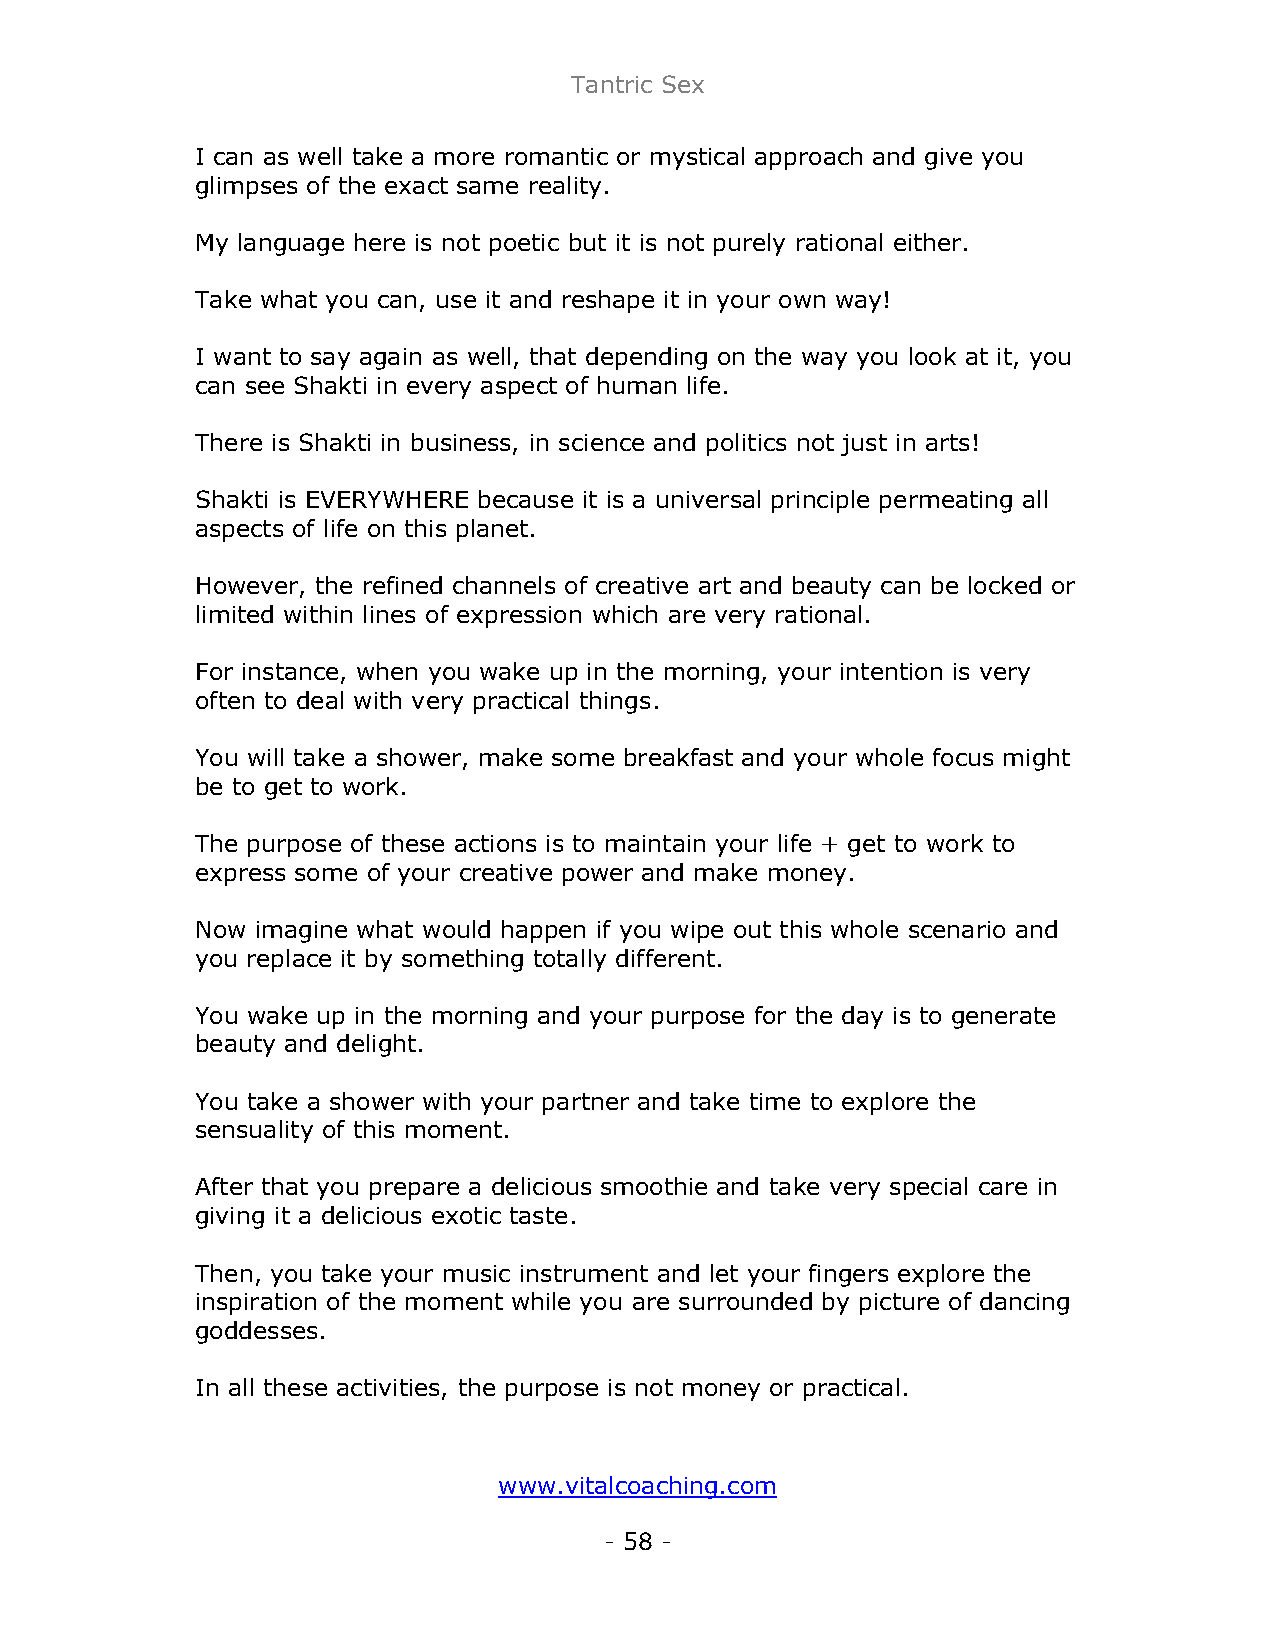
Tantric Sex
 I can as well take a more romantic or mystical approach and give you
 glimpses of the exact same reality.
 My language here is not poetic but it is not purely rational either.
 Take what you can, use it and reshape it in your own way!
 I want to say again as well, that depending on the way you look at it, you
 can see Shakti in every aspect of human life.
 There is Shakti in business, in science and politics not just in arts!
 Shakti is EVERYWHERE because it is a universal principle permeating all
 aspects of life on this planet.
 However, the refined channels of creative art and beauty can be locked or
 limited within lines of expression which are very rational.
 For instance, when you wake up in the morning, your intention is very
 often to deal with very practical things.
 You will take a shower, make some breakfast and your whole focus might
 be to get to work.
 The purpose of these actions is to maintain your life + get to work to
 express some of your creative power and make money.
 Now imagine what would happen if you wipe out this whole scenario and
 you replace it by something totally different.
 You wake up in the morning and your purpose for the day is to generate
 beauty and delight.
 You take a shower with your partner and take time to explore the
 sensuality of this moment.
 After that you prepare a delicious smoothie and take very special care in
 giving it a delicious exotic taste.
 Then, you take your music instrument and let your fingers explore the
 inspiration of the moment while you are surrounded by picture of dancing
 goddesses.
 In all these activities, the purpose is not money or practical.
 www.vitalcoaching.com
 - 58 -